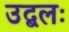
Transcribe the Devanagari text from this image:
उद्बलः